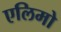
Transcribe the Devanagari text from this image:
एलिमो